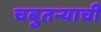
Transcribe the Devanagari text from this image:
चबुतऱ्याची